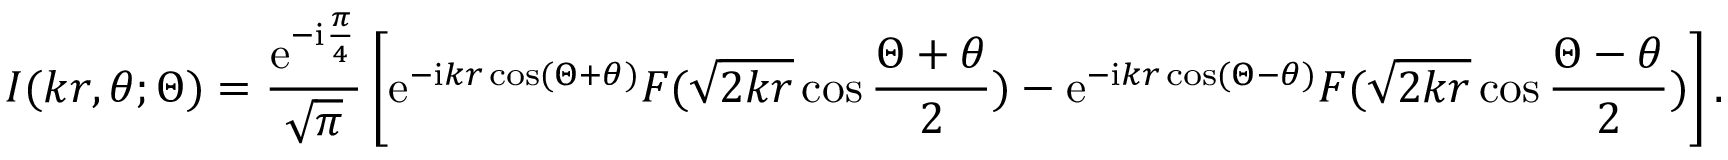
I ( k r , \theta ; \Theta ) = \frac { \mathrm { e } ^ { - \mathrm { i } \frac { \pi } { 4 } } } { \sqrt { \pi } } \left[ \mathrm { e } ^ { - \mathrm { i } k r \cos ( \Theta + \theta ) } F ( \sqrt { 2 k r } \cos \frac { \Theta + \theta } { 2 } ) - \mathrm { e } ^ { - \mathrm { i } k r \cos ( \Theta - \theta ) } F ( \sqrt { 2 k r } \cos \frac { \Theta - \theta } { 2 } ) \right] .